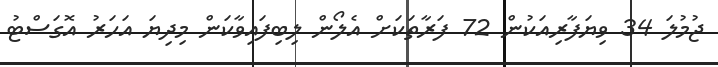
ޖުމުލަ 34 ވިޔަފާރިއަކުން 72 ފަރާތަކަށް އެލޯން ލިބިފައިވާކަން މިދިޔަ އަހަރު އޮގަސްޓު